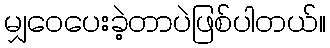
မျှဝေပေးခဲ့တာပဲဖြစ်ပါတယ်။